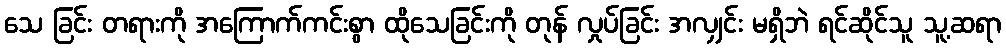
သေ ခြင်း တရားကို အကြောက်ကင်းစွာ ထိုသေခြင်းကို တုန် လှုပ်ခြင်း အလျှင်း မရှိဘဲ ရင်ဆိုင်သူ သူ့ဆရာ